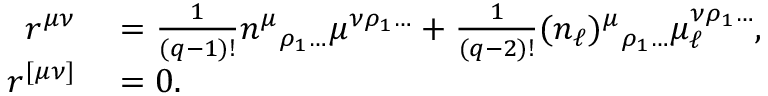
\begin{array} { r l } { r ^ { \mu \nu } } & { { } = \frac { 1 } { ( q - 1 ) ! } n ^ { \mu } { } _ { \rho _ { 1 } \ldots } \mu ^ { \nu \rho _ { 1 } \ldots } + \frac { 1 } { ( q - 2 ) ! } ( n _ { \ell } ) ^ { \mu } { } _ { \rho _ { 1 } \ldots } \mu _ { \ell } ^ { \nu \rho _ { 1 } \ldots } , } \\ { r ^ { [ \mu \nu ] } } & { { } = 0 . } \end{array}